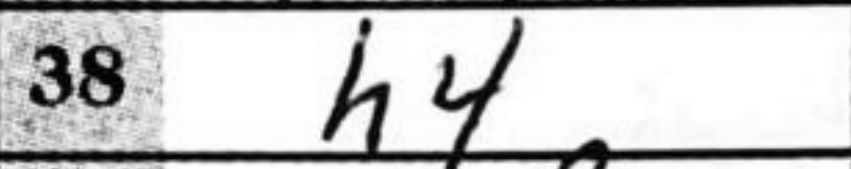
Transcription: h4